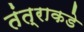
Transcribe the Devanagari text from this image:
तंत्राकडे